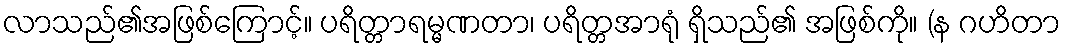
လာသည်၏အဖြစ်ကြောင့်။ ပရိတ္တာရမ္မဏတာ၊ ပရိတ္တအာရုံ ရှိသည်၏ အဖြစ်ကို။ (န ဂဟိတာ